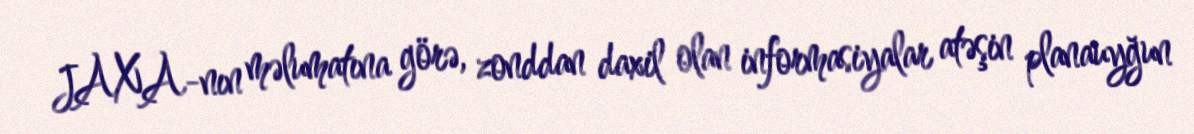
JAXA-nın məlumatına görə, zonddan daxil olan informasiyalar atəşin planauyğun